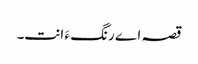
قصہ اے رنگ ءَ انت۔